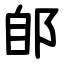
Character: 郋